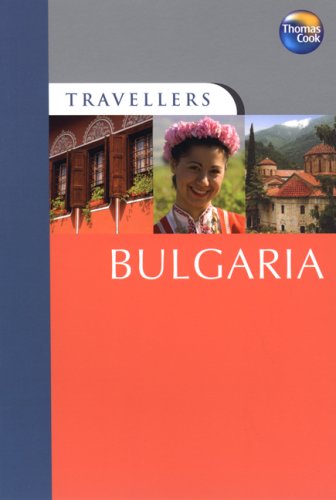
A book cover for Travellers Bulgaria, 3rd (Travellers - Thomas Cook); Lindsay Bennett; Travel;